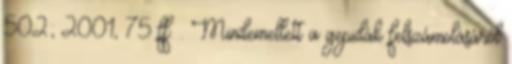
502; 2001, 75 ff. . Mindemellett a gepidák felszámolásáról